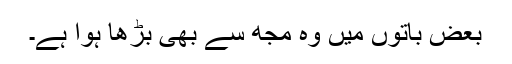
بعض باتوں میں وہ مجھ سے بھی بڑھا ہوا ہے۔